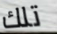
تلك